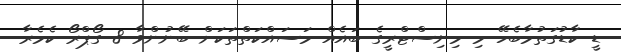
ޑީ ކާޑުގަތުމާބެހޭ މި މިނިސްޓްރީގެ ބައެއް މަސައްކަތްތަކަށް ބޭނުންވާ 8 ގޯޕްރޯ ކެމެރާ